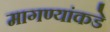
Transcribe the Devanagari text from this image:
मागण्यांकडे